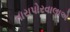
તારાપોરવાલાએ